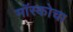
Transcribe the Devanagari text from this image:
मॉस्कोचा